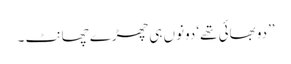
’’دو بھائی تھے‘ دونوں ہی چھڑے چھانٹ ۔